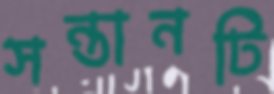
সন্তানটি